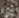
أزرع